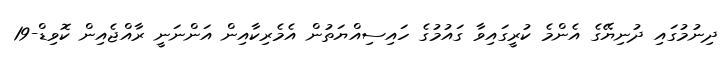
ދިނުމުގައި ދުނިޔޭގެ އެންމެ ކުރީގައިވާ ގައުމުގެ ހައިސިއްޔަތުން އެމެރިކާއިން އަންނަނީ ރާއްޖެއިން ކޮވިޑް-19